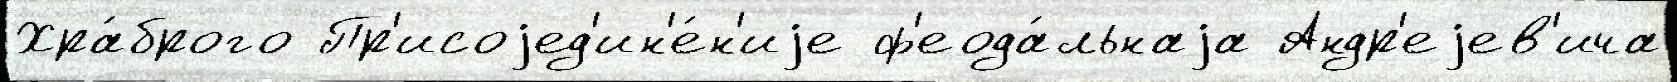
Хра́брого Пр'исоjед'ин'е́н'иjе ф'еода́льнаjа Андр'еjев'ича